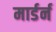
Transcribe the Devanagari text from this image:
मार्डर्न